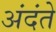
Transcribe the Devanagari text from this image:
अंदंते